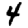
Digit: 4